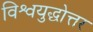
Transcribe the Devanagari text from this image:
विश्वयुद्धोत्तर